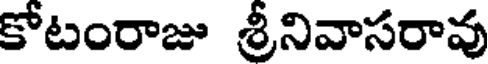
కోటంరాజు శ్రీనివాసరావు